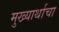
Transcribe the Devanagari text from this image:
मुख्यार्थाचा